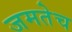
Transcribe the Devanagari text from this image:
जमतेच